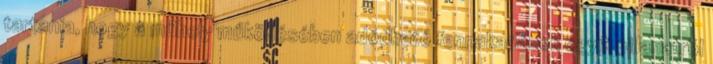
tartania, hogy a műhely működésében adódható fennakadások egyik pillanatról